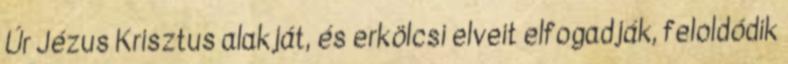
Úr Jézus Krisztus alakját, és erkölcsi elveit elfogadják, feloldódik